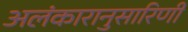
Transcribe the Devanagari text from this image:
अलंकारानुसारिणी